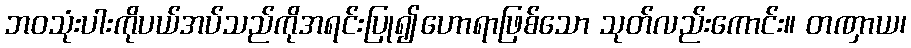
ဘဝသုံးပါးကိုပယ်အပ်သည်ကိုအရင်းပြု၍ဟောရာဖြစ်သော သုတ်လည်းကောင်း။ တဏှာယ၊